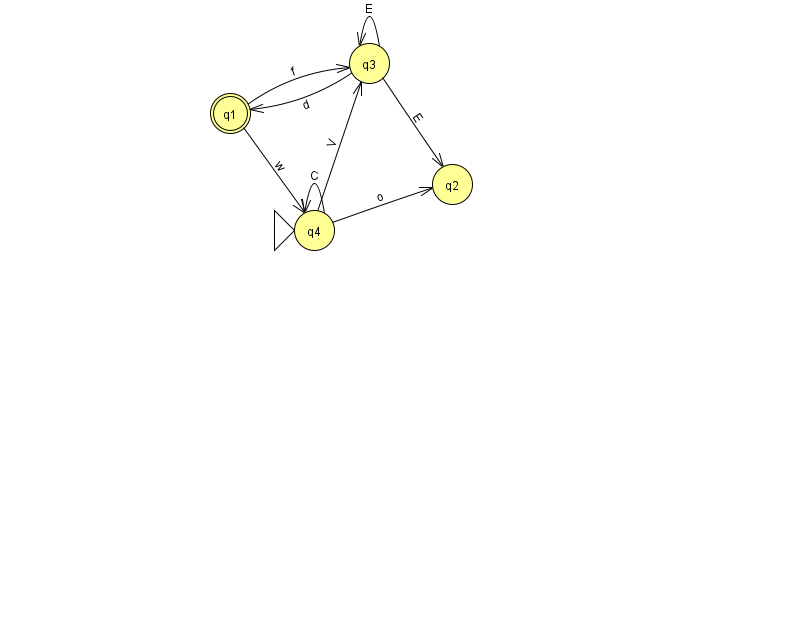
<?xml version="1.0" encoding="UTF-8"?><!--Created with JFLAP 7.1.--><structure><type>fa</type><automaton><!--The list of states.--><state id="1" name="q1"><x>230.0</x><y>100.0</y><final/></state><state id="2" name="q2"><x>452.0</x><y>171.0</y></state><state id="3" name="q3"><x>369.0</x><y>50.0</y></state><state id="4" name="q4"><x>314.0</x><y>217.0</y><initial/></state><!--The list of transitions.--><transition><from>4</from><to>2</to><read>o</read></transition><transition><from>4</from><to>4</to><read>C</read></transition><transition><from>1</from><to>3</to><read>f</read></transition><transition><from>1</from><to>4</to><read>w</read></transition><transition><from>3</from><to>3</to><read>E</read></transition><transition><from>3</from><to>1</to><read>d</read></transition><transition><from>4</from><to>3</to><read>V</read></transition><transition><from>3</from><to>2</to><read>E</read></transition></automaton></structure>